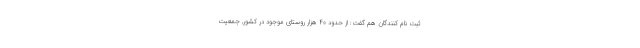
ثبت نام کنندگان هم گفت: از حدود ۴۰ هزار روستای موجود در کشور, جمعیت